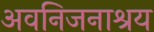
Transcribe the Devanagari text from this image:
अवनिजनाश्रय